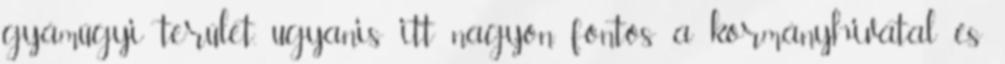
gyámügyi terület, ugyanis itt nagyon fontos a kormányhivatal és